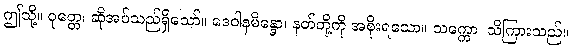
ဤသို့။ ဝုတ္တေ၊ ဆိုအပ်သည်ရှိသော်။ ဒေဝါနမိန္ဒော၊ နတ်တို့ကို အစိုးရသော။ သက္ကော၊ သိကြားသည်။